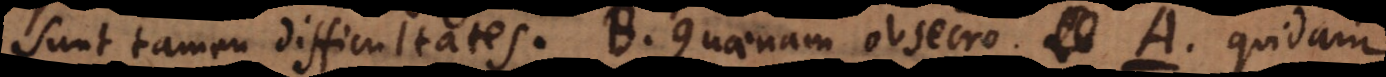
Sunt tamen difficultates. B. Quaenam obsecro. A. Quidam